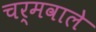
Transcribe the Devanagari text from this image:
चर्मवाले